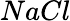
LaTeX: NaCl